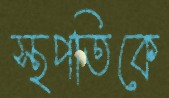
স্থপতিকে